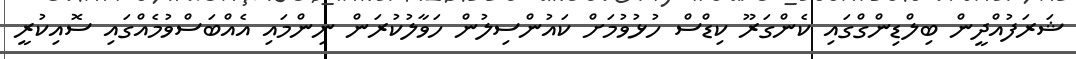
ޝަރަފުއްދީން ބިލްޑިންގްގައި ކެންގަރޫ ކިޑްސް ހުޅުވުމަށް ކައުންސިލުން ހަވާލުކުރަން ނިންމައި އެއްބަސްވުމެއްގައި ސޮއިކުރީ